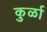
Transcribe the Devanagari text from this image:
कुर्ळा